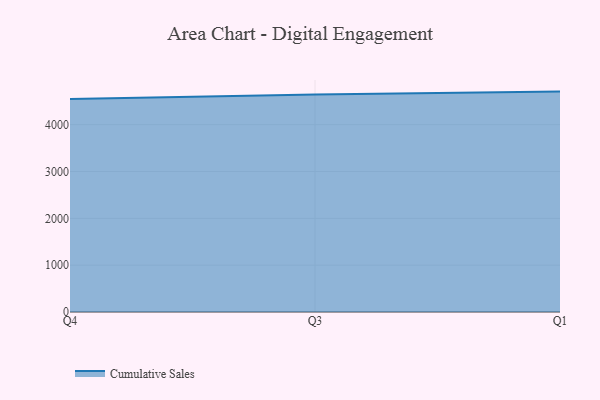
{"axis": {"x": "Quarter", "y": "Churn Rate (%)"}, "legend": ["Cumulative Sales"], "data": [{"x": "Q4", "y": 4551.6, "type": "Cumulative Sales"}, {"x": "Q3", "y": 4642.9, "type": "Cumulative Sales"}, {"x": "Q1", "y": 4707.1, "type": "Cumulative Sales"}]}